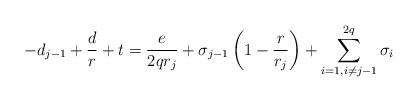
LaTeX: \begin{align*}-d_{j-1}+\frac{d}{r}+t = \frac{e}{2qr_j}+ \sigma_{j-1}\left(1-\frac{r}{r_j}\right)+\sum_{i=1, i\neq j-1}^{2q}\sigma_i \end{align*}